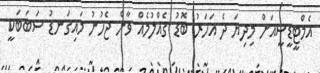
އެމްޓީޑީސީއަށް މިދިޔަ ދެ އަހަރު ބޮޑު ގެއްލުމެއް ވާން ޖެހުނު މައިގަނޑު ސަބަބަކީ